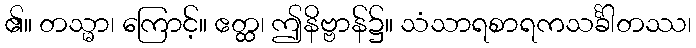
၏။ တသ္မာ၊ ကြောင့်။ ဧတ္ထ၊ ဤနိဗ္ဗာန်၌။ သံသာရစာရကသင်္ခါတဿ၊